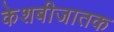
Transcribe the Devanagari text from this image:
केशबीजातक